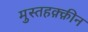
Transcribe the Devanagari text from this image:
मुस्तहक़्क़ीन